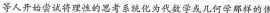
等人开始尝试将理性的思考系统化为代数学或几何学那样的体